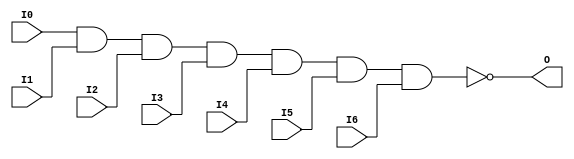

/*

FUNCTION	: 7-INPUT NAND GATE

*/

`timescale  100 ps / 10 ps

`celldefine

module NAND7 (O, I0, I1, I2, I3, I4, I5, I6);


    output O;

    input  I0, I1, I2, I3, I4, I5, I6;

    nand A1 (O, I0, I1, I2, I3, I4, I5, I6);

    specify
	(I0 *> O) = (0, 0);
	(I1 *> O) = (0, 0);
	(I2 *> O) = (0, 0);
	(I3 *> O) = (0, 0);
	(I4 *> O) = (0, 0);
	(I5 *> O) = (0, 0);
	(I6 *> O) = (0, 0);
    endspecify

endmodule

`endcelldefine